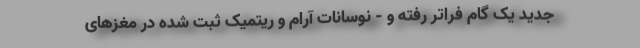
جدید یک گام فراتر رفته و - نوسانات آرام و ریتمیک ثبت شده در مغزهای